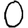
Digit: 0